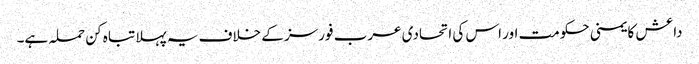
داعش کا یمنی حکومت اور اس کی اتحادی عرب فورسز کے خلاف یہ پہلا تباہ کن حملہ ہے۔